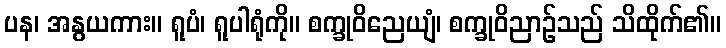
ပန၊ အနွယကား။ ရူပံ၊ ရူပါရုံကို။ စက္ခုဝိညေယျံ၊ စက္ခုဝိညာဉ်သည် သိထိုက်၏။